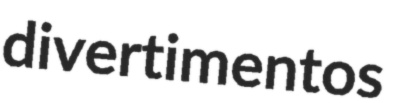
divertimentos